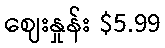
ဈေးနှုန်း $5.99